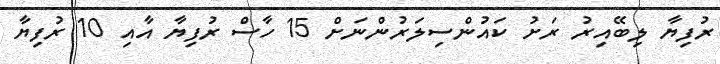
ރުފިޔާ ލިބޭއިރު ރަށު ކައުންސިލަރުންނަށް 15 ހާސް ރުފިޔާ އާއި 10 ރުފިޔާ